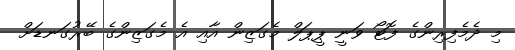
މި ދެމެފިރިންގެ ފޮޓޯ ވަނީ ޕީޕަލް މެގަޒިން އާއި އެ މެގަޒިންގެ ބޭރުގަނޑަށް